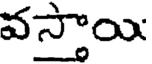
వస్తాయి